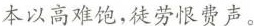
本以高难饱，徒劳恨费声。